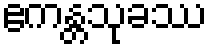
ဧကန္တသုခဿ